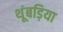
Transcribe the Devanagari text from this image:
थूंबड़िया